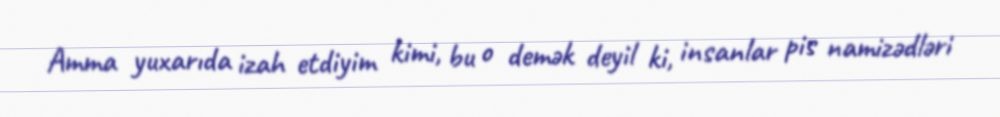
Amma yuxarıda izah etdiyim kimi, bu o demək deyil ki, insanlar pis namizədləri